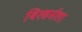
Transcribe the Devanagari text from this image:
बिल्डर्सला